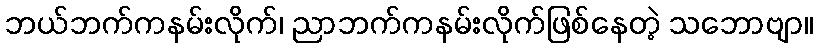
ဘယ်ဘက်ကနမ်းလိုက်၊ ညာဘက်ကနမ်းလိုက်ဖြစ်နေတဲ့ သဘောဗျာ။